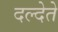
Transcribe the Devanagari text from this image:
दल्देते